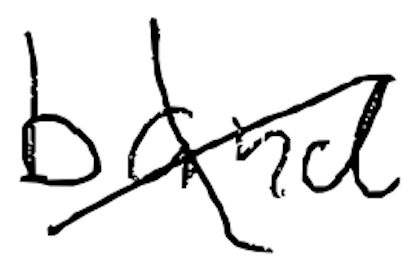
Text: band
Cross-out: cross
Writing tool: digital_black